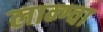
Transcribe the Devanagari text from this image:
लान्ग्वा